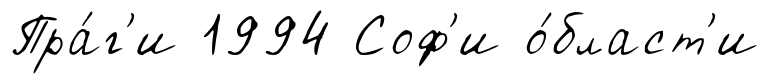
Пра́г'и 1994 Соф'и о́бласт'и